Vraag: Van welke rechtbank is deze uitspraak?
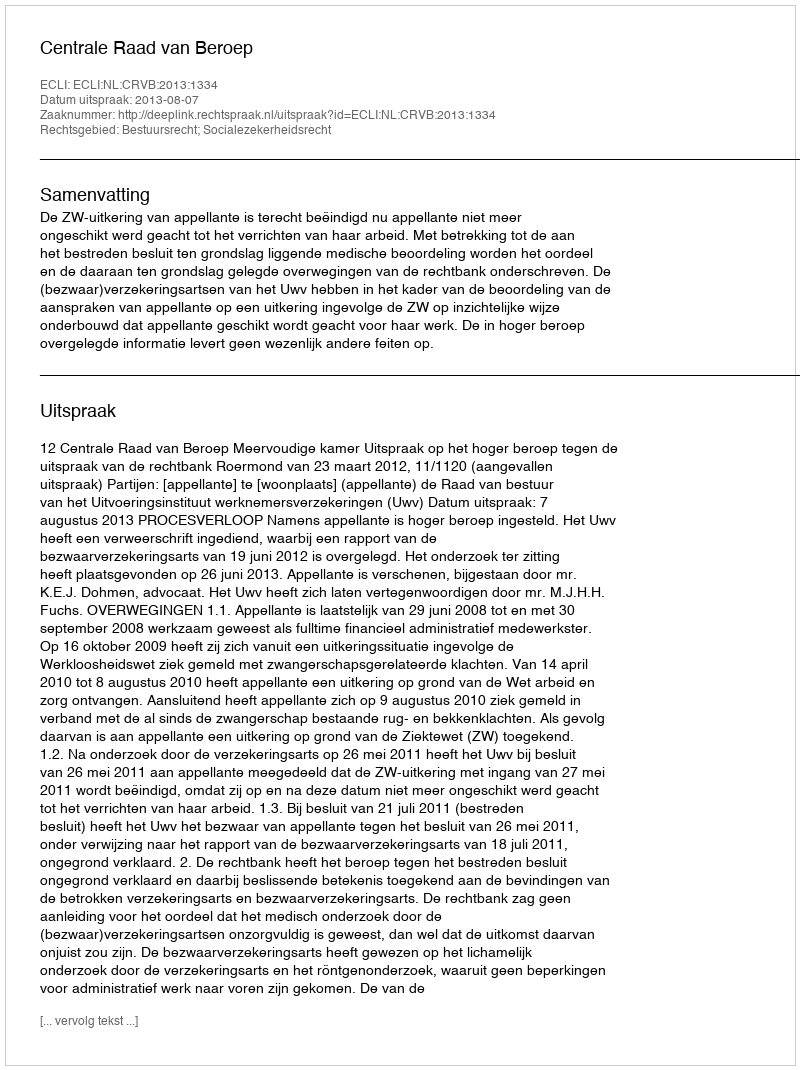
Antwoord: Centrale Raad van Beroep